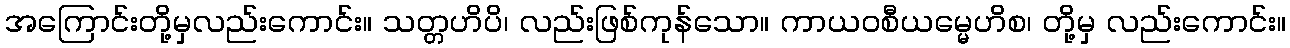
အကြောင်းတို့မှလည်းကောင်း။ သတ္တဟိပိ၊ လည်းဖြစ်ကုန်သော။ ကာယဝစီယမ္မေဟိစ၊ တို့မှ လည်းကောင်း။